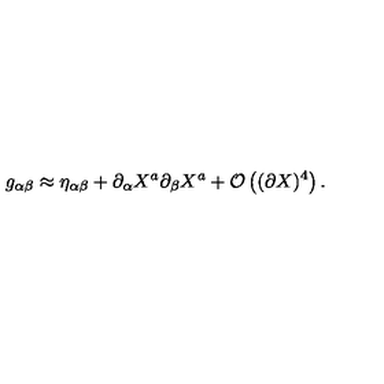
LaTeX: g _ { \alpha \beta } \approx \eta _ { \alpha \beta } + \partial _ { \alpha } X ^ { a } \partial _ { \beta } X ^ { a } + { \cal O } \left( ( \partial X ) ^ { 4 } \right) .